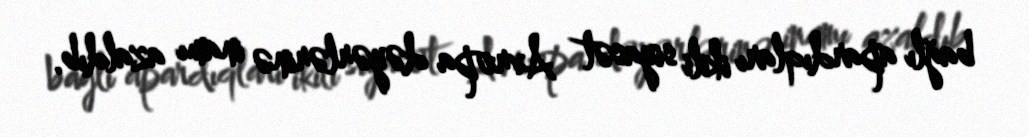
bağlı apardıqları ikili siyasət Avropa dəyərlərinə inamı azaldıb.